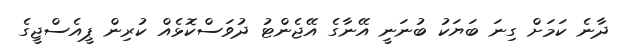
ދާނެ ކަމަށް ގިނަ ބަޔަކު ބުނަނީ އޭނާގެ އޭޖެންޓު ދުވަސްކޮޅެއް ކުރިން ޕީއެސްޖީގެ